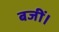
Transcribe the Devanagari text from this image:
बजीं।